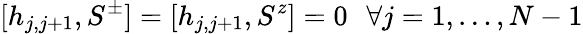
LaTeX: [h_{j,j+1},S^{\pm}]=[h_{j,j+1},S^{z}]=0\ \ \, \forall j=1,\ldots,N-1